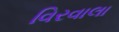
વિરવાલા